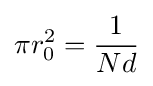
\pi r_{0}^{2}={\frac {1}{Nd}}